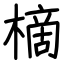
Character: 樀